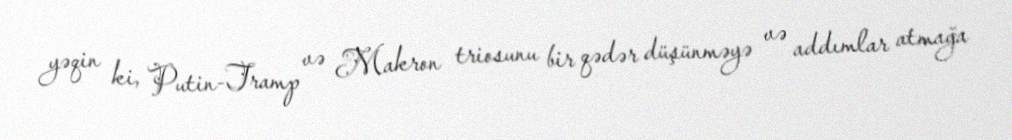
yəqin ki, Putin-Tramp və Makron triosunu bir qədər düşünməyə və addımlar atmağa